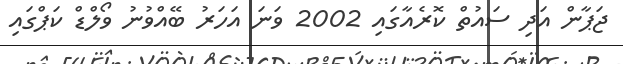
ޖަޕާން އަދި ސައުތް ކޮރެއާގައި 2002 ވަނަ އަހަރު ބޭއްވުނު ވޯލްޑް ކަޕްގައި